Indian journal of veterinary science and animal husbandry - Volume 6,
Year: 1936
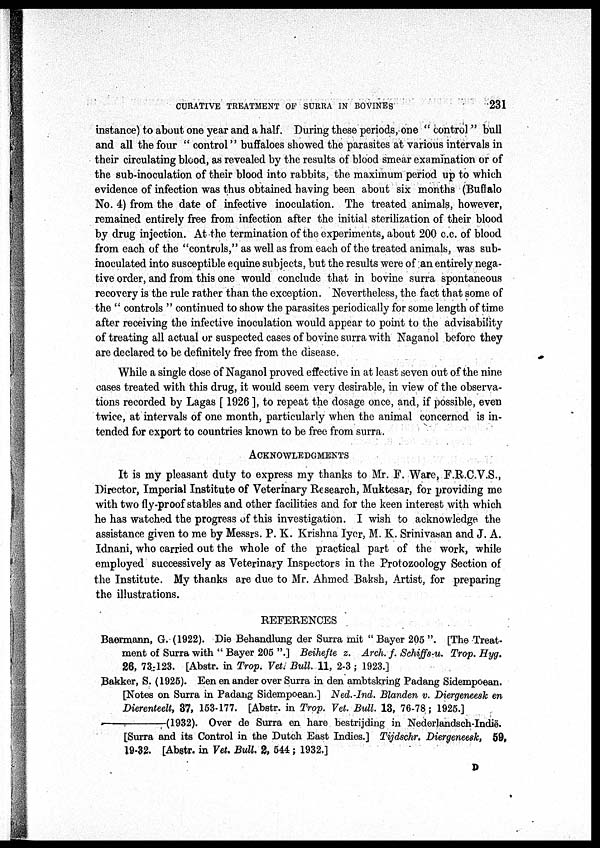
CURATIVE TREATMENT OF SURRA IN BOVINES
231
instance) to about one year and a half. During these periods, one " control " bull
and all the four " control" buffaloes showed the parasites at various intervals in
their circulating blood, as revealed by the results of blood smear examination or of
the sub-inoculation of their blood into rabbits, the maximum period up to which
evidence of infection was thus obtained having been about six months (Buffalo
No. 4) from the date of infective inoculation. The treated animals, however,
remained entirely free from infection after the initial sterilization of their blood
by drug injection. At the termination of the experiments, about 200 c.c. of blood
from each of the "controls," as well as from each of the treated animals, was sub¬
inoculated into susceptible equine subjects, but the results were of an entirely nega-
tive order, and from this one would conclude that in bovine surra spontaneous
recovery is the rule rather than the exception. Nevertheless, the fact that some of
the " controls " continued to show the parasites periodically for some length of time
after receiving the infective inoculation would appear to point to the advisability
of treating all actual or suspected cases of bovine surra with Naganol before they
are declared to be definitely free from the disease.
While a single dose of Naganol proved effective in at least seven out of the nine-
cases treated with this drug, it would seem very desirable, in view of the observa-
tions recorded by Lagas [ 1926 ], to repeat the dosage once, and, if possible, even
twice, at intervals of one month, particularly when the animal concerned is in-
tended for export to countries known to be free from surra.
ACKNOWLEDGMENTS
It is my pleasant duty to express my thanks to Mr. F. Ware, F.R.C.V.S.,
Director, Imperial Institute of Veterinary Research, Muktesar, for providing me
with two fly-proof stables and other facilities and for the keen interest with which
he has watched the progress of this investigation. I wish to acknowledge the
assistance given to me by Messrs. P. K. Krishna Iyer, M. K. Srinivasan and J. A.
Idnani, who carried out the whole of the practical part of the work, while
employed successively as Veterinary Inspectors in the Protozoology Section of
the Institute. My thanks are due to Mr. Ahmed Baksh, Artist, for preparing
the illustrations.
REFERENCES
Baermann, G. (1922). Die Behandlung der Surra mit " Bayer 205 ". [The Treat-
ment of Surra with " Bayer 205 ".] Beihefte z. Arch. f. Schiffs-u. Trop. Hyg.
26, 73-123. [Abstr. in Trop. Vet. Bull. 11, 2-3 ; 1923.]
Bakker, S. (1925). Een en ander over Surra in den ambtskring Padang Sidempoean.
[Notes on Surra in Padang Sidempoean.] Ned.-Ind. Blanden v. Diergeneesk en
Dierenteelt, 37, 153-177. [Abstr. in Trop. Vet. Bull. 13, 76-78; 1925.]
—(1932).
Over de Surra en hare bestrijding in Nederlandsch-Indië.
[Surra and its Control in the Dutch East Indies.] Tijdschr, Diergmeesk, 59,
19-32. [Abstr. in Vet. Bull. 2, 544; 1932.]
D